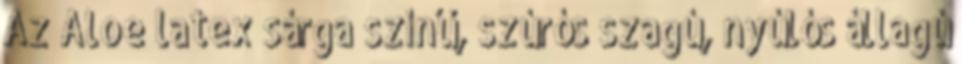
Az Aloe latex sárga színű, szúrós szagú, nyúlós állagú